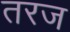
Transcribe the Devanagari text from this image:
तरज